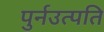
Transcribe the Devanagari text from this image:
पुर्नउत्पति